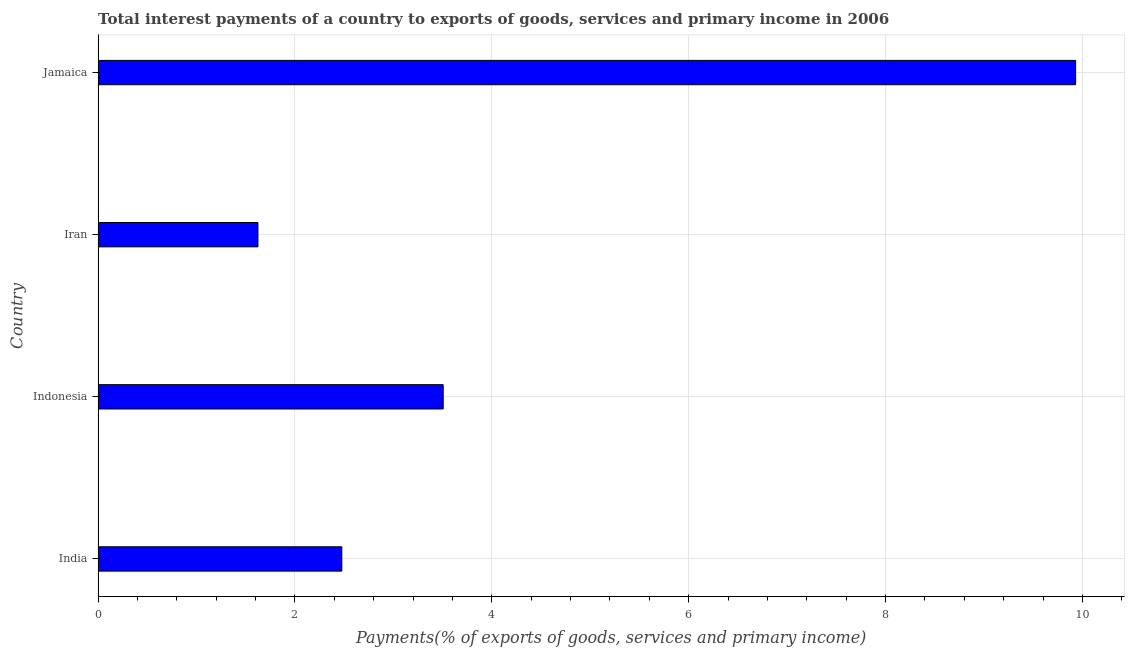
| Country | Interest payments on external debt |
 | --- | --- |
 | India | 2.48 |
 | Indonesia | 3.51 |
 | Iran | 1.62 |
 | Jamaica | 9.93 |